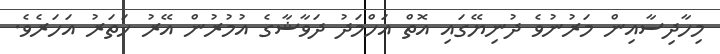
މިހާދިސާއިން މަރުނުވެ ދުނިޔޭގައި އޮތް އަހްމަދު ދަވާޝާގެ އުމުރުން އޭރު ހަތަރު އަހަރެވެ.